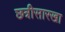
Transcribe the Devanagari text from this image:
छत्रीसारखा